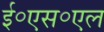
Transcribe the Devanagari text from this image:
ई॰एस॰एल